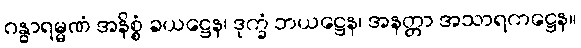
ဂန္ဓာရမ္မဏံ အနိစ္စံ ခယဋ္ဌေန၊ ဒုက္ခံ ဘယဋ္ဌေန၊ အနတ္တာ အသာရကဋ္ဌေန။